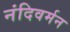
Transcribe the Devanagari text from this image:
नंदिवर्मन